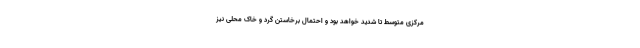
مرکزی متوسط تا شدید خواهد بود و احتمال برخاستن گرد و خاک محلی نیز